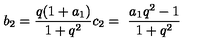
b _ { 2 } = \frac { q ( 1 + a _ { 1 } ) } { 1 + q ^ { 2 } } c _ { 2 } = \ \frac { a _ { 1 } q ^ { 2 } - 1 } { 1 + q ^ { 2 } } \